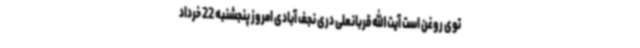
توی روغن است آیت الله قربانعلی دری نجف آبادی امروز پنجشنبه 22 خرداد